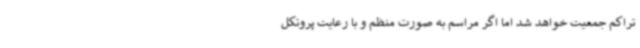
تراکم جمعیت خواهد شد اما اگر مراسم به صورت منظم و با رعایت پروتکل